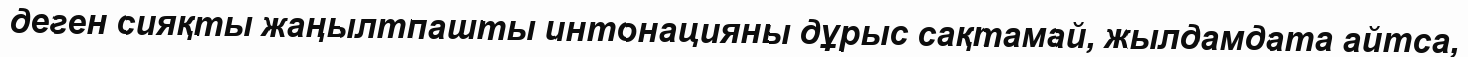
деген сияқты жаңылтпашты интонацияны дұрыс сақтамай, жылдамдата айтса,